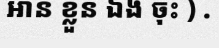
អាន ខ្លួន ឯង ចុះ ) .